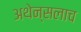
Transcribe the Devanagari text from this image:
अथेन्सलाच